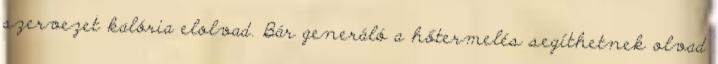
szervezet kalória elolvad. Bár generáló a hőtermelés segíthetnek olvad